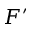
F ^ { \prime }